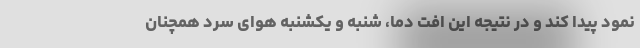
نمود پیدا کند و در نتیجه این افت دما، شنبه و یکشنبه هوایِ سرد همچنان